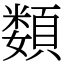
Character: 𩔗